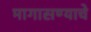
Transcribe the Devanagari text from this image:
मागासण्याचे